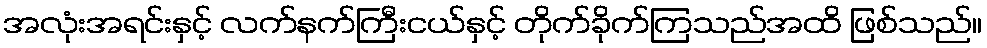
အလုံးအရင်းနှင့် လက်နက်ကြီးငယ်နှင့် တိုက်ခိုက်ကြသည်အထိ ဖြစ်သည်။